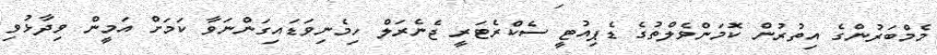
މެމްބަރުންގެ އިތުރުން ކޮމަންވެލްތުގެ ޑެޕިއުޓީ ސެކްރެޓަރީ ޖެނެރަލް ހިމެނިވަޑައިގަންނަވާ ކަމަށް އަމީން ވިދާޅުވި